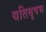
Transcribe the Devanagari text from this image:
यतिबृषभ